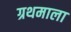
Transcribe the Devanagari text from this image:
ग्रथमाला